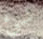
شئ